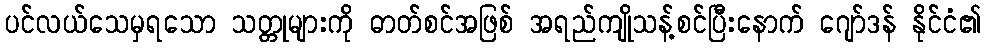
ပင်လယ်သေမှရသော သတ္တုများကို ဓာတ်စင်အဖြစ် အရည်ကျိုသန့်စင်ပြီးနောက် ဂျော်ဒန် နိုင်ငံ၏